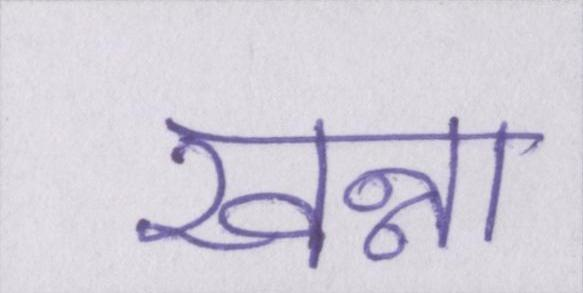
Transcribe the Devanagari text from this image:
खन्ना